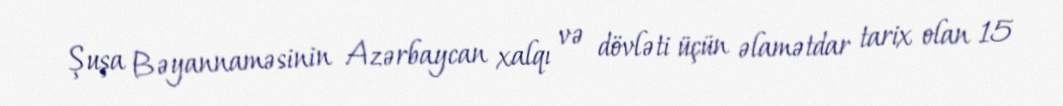
Şuşa Bəyannaməsinin Azərbaycan xalqı və dövləti üçün əlamətdar tarix olan 15